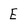
Character: E